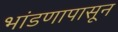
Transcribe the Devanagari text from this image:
भांडणापासून